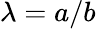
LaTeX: \lambda=a/b